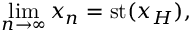
\operatorname* { l i m } _ { n \to \infty } x _ { n } = \mathrm { { s t } } ( x _ { H } ) ,